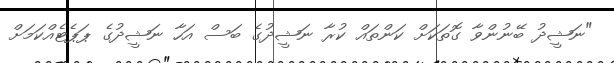
"ނަޝީދު ބޭނުންވާ ގޮތަކަށް ކަންތައް ކުރާ ނަޝީދުގެ ބަސް އަހާ ނަޝީދުގެ ޕަޕެޓެއްކަމަށް